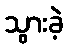
သွားခဲ့